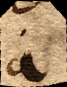
a